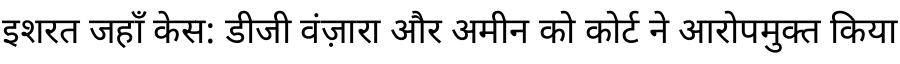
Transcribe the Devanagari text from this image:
इशरत जहाँ केस: डीजी वंज़ारा और अमीन को कोर्ट ने आरोपमुक्त किया